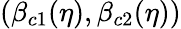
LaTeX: (\beta_{c1}(\eta),\beta_{c2}(\eta))